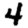
Digit: 4